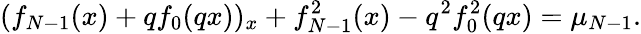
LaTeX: (f_{N-1}(x)+qf_{0}(qx))_{x}+f_{N-1}^{2}(x)-q^{2}f_{0}^{2}(qx)=\mu_{N-1}.